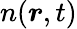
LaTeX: n(\boldsymbol{r},t)